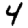
Digit: 4